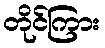
တိုင်ကြား